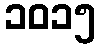
၁၀၁၅